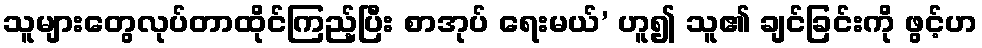
သူများတွေလုပ်တာထိုင်ကြည့်ပြီး စာအုပ် ရေးမယ်’ ဟူ၍ သူ၏ ချင်ခြင်းကို ဖွင့်ဟ